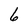
Character: 6